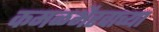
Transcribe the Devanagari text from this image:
कमळभैरवाच्या